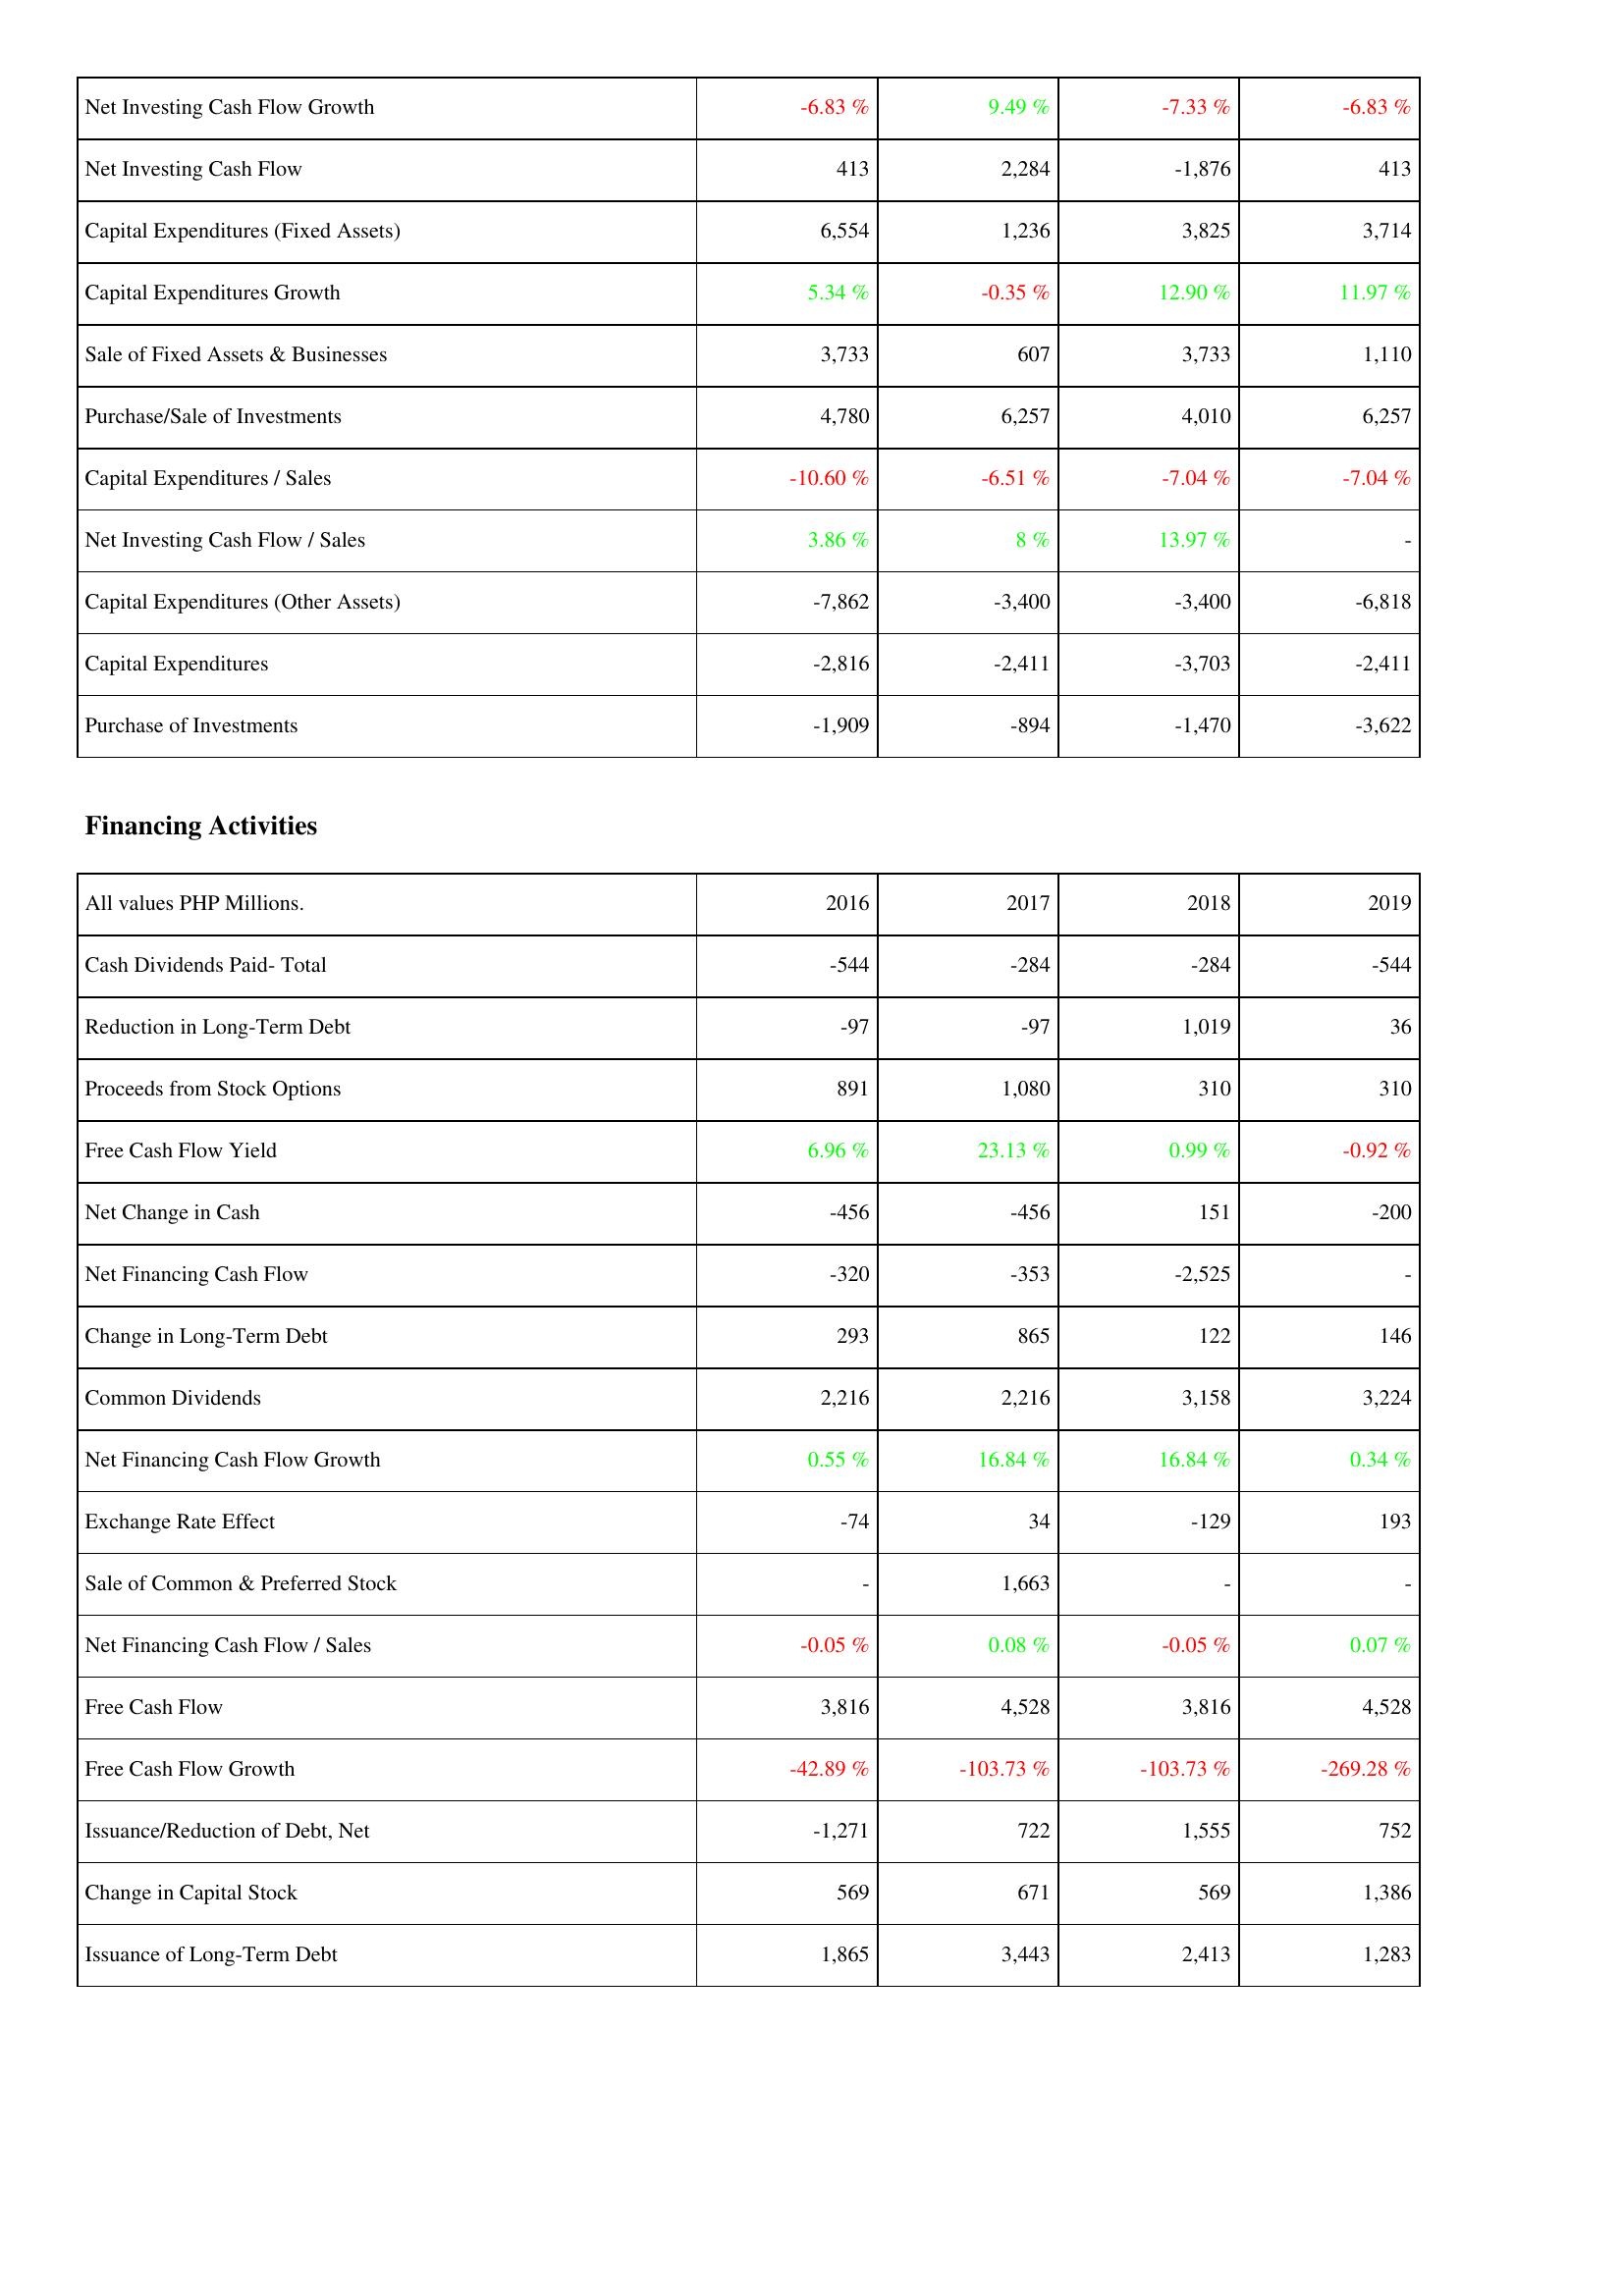
2016: Investing Activities: Net Investing Cash Flow Growth: -6.83 %
Net Investing Cash Flow: 413
Capital Expenditures (Fixed Assets): 6,554
Capital Expenditures Growth: 5.34 %
Sale of Fixed Assets & Businesses: 3,733
Purchase/Sale of Investments: 4,780
Capital Expenditures / Sales: -10.60 %
Net Investing Cash Flow / Sales: 3.86 %
Capital Expenditures (Other Assets): -7,862
Capital Expenditures: -2,816
Purchase of Investments: -1,909
Financing Activities: Cash Dividends Paid- Total: -544
Reduction in Long-Term Debt: -97
Proceeds from Stock Options: 891
Free Cash Flow Yield: 6.96 %
Net Change in Cash: -456
Net Financing Cash Flow: -320
Change in Long-Term Debt: 293
Common Dividends: 2,216
Net Financing Cash Flow Growth: 0.55 %
Exchange Rate Effect: -74
Sale of Common & Preferred Stock: -
Net Financing Cash Flow / Sales: -0.05 %
Free Cash Flow: 3,816
Free Cash Flow Growth: -42.89 %
Issuance/Reduction of Debt, Net: -1,271
Change in Capital Stock: 569
Issuance of Long-Term Debt: 1,865
2017: Investing Activities: Net Investing Cash Flow Growth: 9.49 %
Net Investing Cash Flow: 2,284
Capital Expenditures (Fixed Assets): 1,236
Capital Expenditures Growth: -0.35 %
Sale of Fixed Assets & Businesses: 607
Purchase/Sale of Investments: 6,257
Capital Expenditures / Sales: -6.51 %
Net Investing Cash Flow / Sales: 8 %
Capital Expenditures (Other Assets): -3,400
Capital Expenditures: -2,411
Purchase of Investments: -894
Financing Activities: Cash Dividends Paid- Total: -284
Reduction in Long-Term Debt: -97
Proceeds from Stock Options: 1,080
Free Cash Flow Yield: 23.13 %
Net Change in Cash: -456
Net Financing Cash Flow: -353
Change in Long-Term Debt: 865
Common Dividends: 2,216
Net Financing Cash Flow Growth: 16.84 %
Exchange Rate Effect: 34
Sale of Common & Preferred Stock: 1,663
Net Financing Cash Flow / Sales: 0.08 %
Free Cash Flow: 4,528
Free Cash Flow Growth: -103.73 %
Issuance/Reduction of Debt, Net: 722
Change in Capital Stock: 671
Issuance of Long-Term Debt: 3,443
2018: Investing Activities: Net Investing Cash Flow Growth: -7.33 %
Net Investing Cash Flow: -1,876
Capital Expenditures (Fixed Assets): 3,825
Capital Expenditures Growth: 12.90 %
Sale of Fixed Assets & Businesses: 3,733
Purchase/Sale of Investments: 4,010
Capital Expenditures / Sales: -7.04 %
Net Investing Cash Flow / Sales: 13.97 %
Capital Expenditures (Other Assets): -3,400
Capital Expenditures: -3,703
Purchase of Investments: -1,470
Financing Activities: Cash Dividends Paid- Total: -284
Reduction in Long-Term Debt: 1,019
Proceeds from Stock Options: 310
Free Cash Flow Yield: 0.99 %
Net Change in Cash: 151
Net Financing Cash Flow: -2,525
Change in Long-Term Debt: 122
Common Dividends: 3,158
Net Financing Cash Flow Growth: 16.84 %
Exchange Rate Effect: -129
Sale of Common & Preferred Stock: -
Net Financing Cash Flow / Sales: -0.05 %
Free Cash Flow: 3,816
Free Cash Flow Growth: -103.73 %
Issuance/Reduction of Debt, Net: 1,555
Change in Capital Stock: 569
Issuance of Long-Term Debt: 2,413
2019: Investing Activities: Net Investing Cash Flow Growth: -6.83 %
Net Investing Cash Flow: 413
Capital Expenditures (Fixed Assets): 3,714
Capital Expenditures Growth: 11.97 %
Sale of Fixed Assets & Businesses: 1,110
Purchase/Sale of Investments: 6,257
Capital Expenditures / Sales: -7.04 %
Net Investing Cash Flow / Sales: -
Capital Expenditures (Other Assets): -6,818
Capital Expenditures: -2,411
Purchase of Investments: -3,622
Financing Activities: Cash Dividends Paid- Total: -544
Reduction in Long-Term Debt: 36
Proceeds from Stock Options: 310
Free Cash Flow Yield: -0.92 %
Net Change in Cash: -200
Net Financing Cash Flow: -
Change in Long-Term Debt: 146
Common Dividends: 3,224
Net Financing Cash Flow Growth: 0.34 %
Exchange Rate Effect: 193
Sale of Common & Preferred Stock: -
Net Financing Cash Flow / Sales: 0.07 %
Free Cash Flow: 4,528
Free Cash Flow Growth: -269.28 %
Issuance/Reduction of Debt, Net: 752
Change in Capital Stock: 1,386
Issuance of Long-Term Debt: 1,283